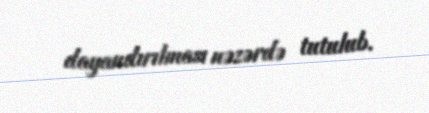
dayandırılması nəzərdə tutulub.